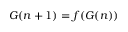
G ( n + 1 ) = f ( G ( n ) )